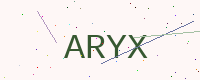
Text: ARYX